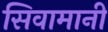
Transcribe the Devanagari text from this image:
सिवामानी